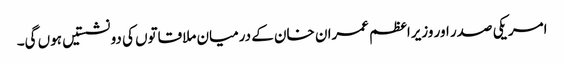
امریکی صدر اور وزیراعظم عمران خان کے درمیان ملاقاتوں کی دو نشستیں ہوں گی۔